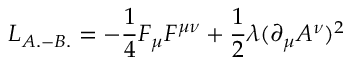
L _ { A . - B . } = - \frac { 1 } { 4 } F _ { \mu } F ^ { \mu \nu } + \frac { 1 } { 2 } \lambda ( \partial _ { \mu } A ^ { \nu } ) ^ { 2 }